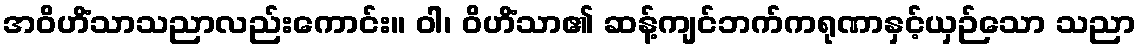
အဝိဟိံသာသညာလည်းကောင်း။ ဝါ၊ ဝိဟိံသာ၏ ဆန့်ကျင်ဘက်ကရုဏာနှင့်ယှဉ်သော သညာ